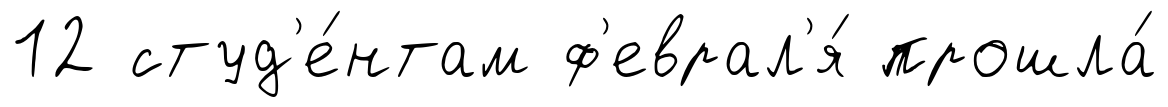
12 студ'е́нтам ф'еврал'я́ прошла́